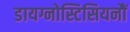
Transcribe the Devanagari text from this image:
डायग्नोस्टिसियनौं